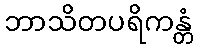
ဘာသိတပရိကန္တံ